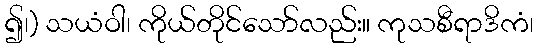
၍၊) သယံဝါ၊ ကိုယ်တိုင်သော်လည်း။ ကုသစီရာဒိကံ၊